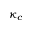
\kappa _ { c }